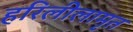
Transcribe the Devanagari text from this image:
हरिलीलामृत